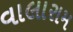
વાલારામ